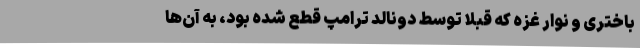
باختری و نوار غزه که قبلا توسط دونالد ترامپ قطع شده بود، به آن‌ها